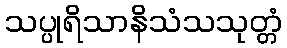
သပ္ပုရိသာနိသံသသုတ္တံ